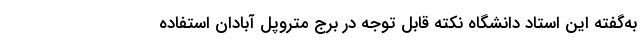
به‌گفته این استاد دانشگاه نکته قابل توجه در برج متروپل آبادان استفاده